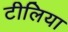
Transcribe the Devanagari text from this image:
टीलिया